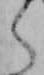
く